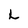
Character: L